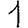
Digit: 1